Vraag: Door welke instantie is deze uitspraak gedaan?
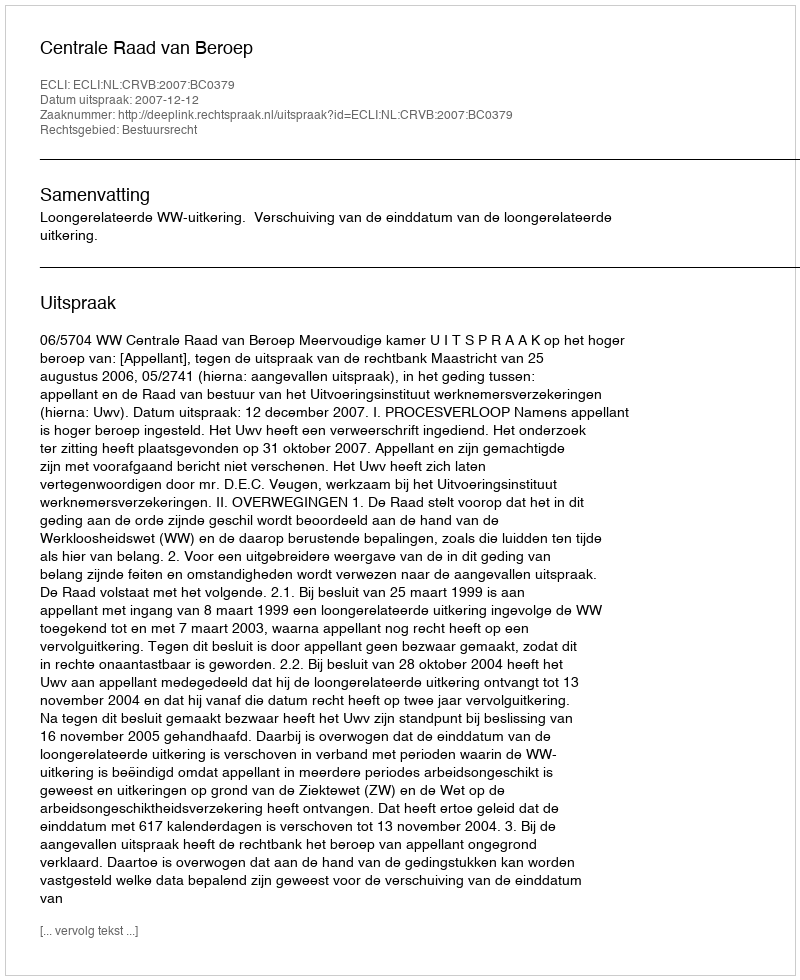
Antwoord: Centrale Raad van Beroep